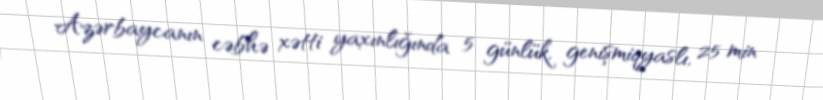
Azərbaycanın cəbhə xətti yaxınlığında 5 günlük, genişmiqyaslı, 25 min